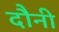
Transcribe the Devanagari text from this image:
दौनी